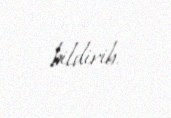
bildirib.